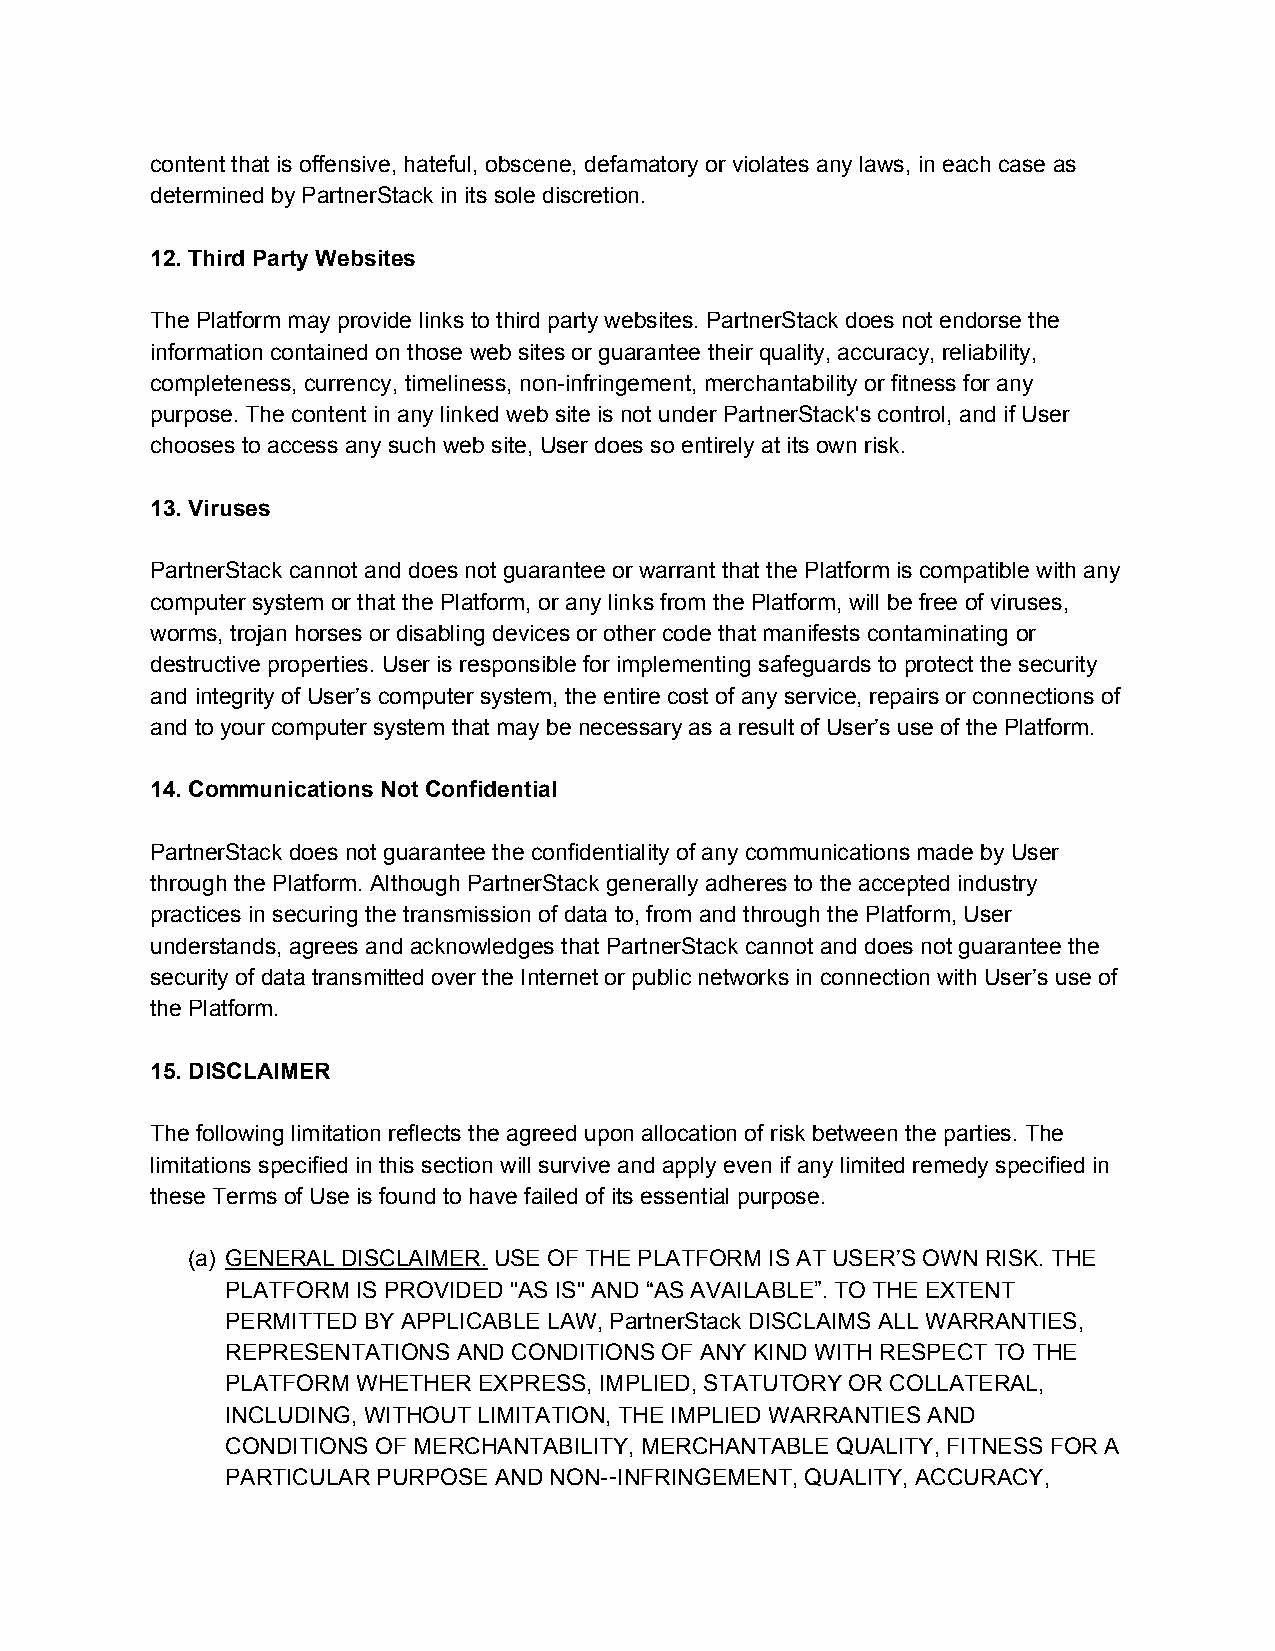
content that is offensive, hateful, obscene, defamatory or violates any laws, in each case as
 determined by PartnerStack in its sole discretion.
 12. Third Party Websites
 The Platform may provide links to third party websites. PartnerStack does not endorse the
 information contained on those web sites or guarantee their quality, accuracy, reliability,
 completeness, currency, timeliness, non-infringement, merchantability or fitness for any
 ​
 purpose. The content in any linked web site is not under PartnerStack's control, and if User
 chooses to access any such web site, User does so entirely at its own risk.
 13. Viruses
 PartnerStack cannot and does not guarantee or warrant that the Platform is compatible with any
 computer system or that the Platform, or any links from the Platform, will be free of viruses,
 worms, trojan horses or disabling devices or other code that manifests contaminating or
 destructive properties. User is responsible for implementing safeguards to protect the security
 and integrity of User’s computer system, the entire cost of any service, repairs or connections of
 and to your computer system that may be necessary as a result of User’s use of the Platform.
 14. Communications Not Confidential
 PartnerStack does not guarantee the confidentiality of any communications made by User
 through the Platform. Although PartnerStack generally adheres to the accepted industry
 practices in securing the transmission of data to, from and through the Platform, User
 understands, agrees and acknowledges that PartnerStack cannot and does not guarantee the
 security of data transmitted over the Internet or public networks in connection with User’s use of
 the Platform.
 15. DISCLAIMER
 The following limitation reflects the agreed upon allocation of risk between the parties. The
 limitations specified in this section will survive and apply even if any limited remedy specified in
 these Terms of Use is found to have failed of its essential purpose.
 (a) GENERAL DISCLAIMER. USE OF THE PLATFORM IS AT USER’S OWN RISK. THE
 ​
 PLATFORM IS PROVIDED "AS IS" AND “AS AVAILABLE”. TO THE EXTENT
 PERMITTED BY APPLICABLE LAW, PartnerStack DISCLAIMS ALL WARRANTIES,
 REPRESENTATIONS AND CONDITIONS OF ANY KIND WITH RESPECT TO THE
 PLATFORM WHETHER EXPRESS, IMPLIED, STATUTORY OR COLLATERAL,
 INCLUDING, WITHOUT LIMITATION, THE IMPLIED WARRANTIES AND
 CONDITIONS OF MERCHANTABILITY, MERCHANTABLE QUALITY, FITNESS FOR A
 PARTICULAR PURPOSE AND NON- INFRINGEMENT, QUALITY, ACCURACY,
 ​-